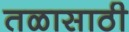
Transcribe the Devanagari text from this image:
तळासाठी